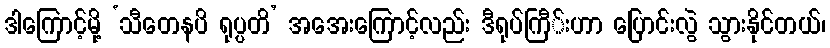
ဒါကြောင့်မို့ ‘သီတေနပိ ရုပ္ပတိ’ အအေးကြောင့်လည်း ဒီရုပ်ကြီ်းဟာ ပြောင်းလွဲ သွားနိုင်တယ်၊